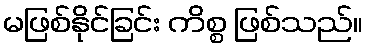
မဖြစ်နိုင်ခြင်း ကိစ္စ ဖြစ်သည်။